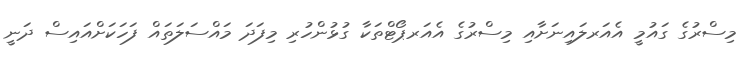
މިސްރުގެ ގައުމީ އެއަރލައިނަށާއި މިސްރުގެ އެއަރޕޯޓްތަކާ ގުޅުންހުރި މިފަދަ މައްސަލަތައް ފަހަކަށްއައިސް ދަނީ